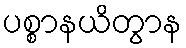
ပစ္စာနယိတွာန